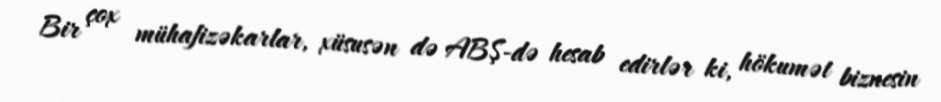
Bir çox mühafizəkarlar, xüsusən də ABŞ-də hesab edirlər ki, hökumət biznesin